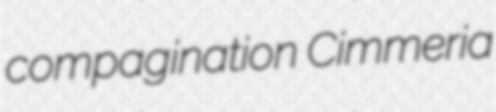
compagination Cimmeria